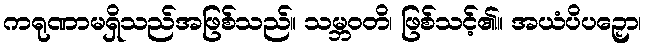
ကရုဏာမရှိသည်အဖြစ်သည်။ သမ္ဘဝတိ၊ ဖြစ်သင့်၏။ အယံပိပဉှော၊